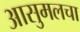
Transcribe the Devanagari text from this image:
आसुमलचा